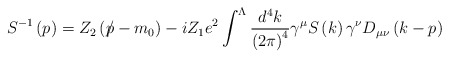
\begin{align*}S^{-1}\left(p\right) =Z_{2}\left( p\hspace{-0.2cm}/ -m_{0}\right)-iZ_{1}e^{2}\int^{\Lambda }\frac{d^{4}k}{\left( 2\pi \right) ^{4}}\gamma ^{\mu}S\left( k\right) \gamma ^{\nu }D_{\mu \nu }\left( k-p\right)\end{align*}